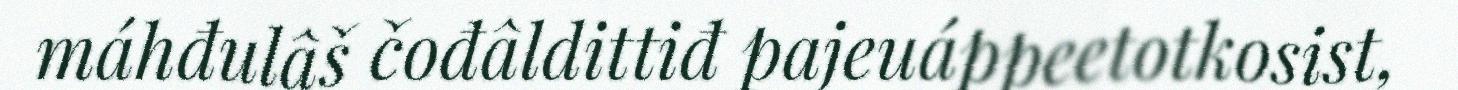
máhđulâš čođâldittiđ pajeuáppeetotkosist,